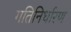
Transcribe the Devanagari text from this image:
गतिनिर्धारण